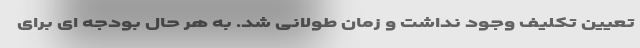
تعیین تکلیف وجود نداشت و زمان طولانی شد. به هر حال بودجه ای برای